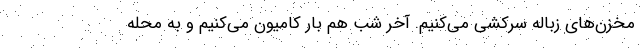
مخزن‌های زباله سرکشی می‌کنیم. آخر شب هم بار کامیون می‌کنیم و به محله